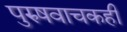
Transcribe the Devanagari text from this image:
पुरुषवाचकही